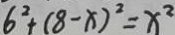
6 ^ { 2 } + ( 8 - x ) ^ { 2 } = x ^ { 2 }